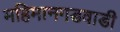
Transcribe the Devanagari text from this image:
महिमानगडवाडी